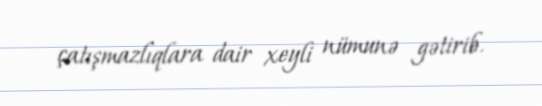
çatışmazlıqlara dair xeyli nümunə gətirib.